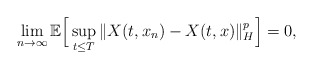
\begin{align*} \lim_{n\rightarrow\infty}\mathbb{E}\Big[ \sup_{t\leq T}\Vert X(t, x_n) - X(t, x) \Vert_H^p \Big] = 0 ,\end{align*}